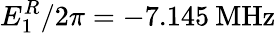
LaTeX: E_{1}^{R}/2\pi=-7.145\: \mathrm{MHz}